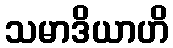
သမာဒိယာဟိ